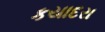
કયાદરા